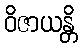
ဝိဇာယန္တိ